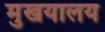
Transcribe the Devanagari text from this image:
मुखयालय